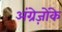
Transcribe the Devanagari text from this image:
अंग्रेज़ोंके